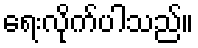
ရေးလိုက်ပါသည်။